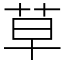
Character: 草